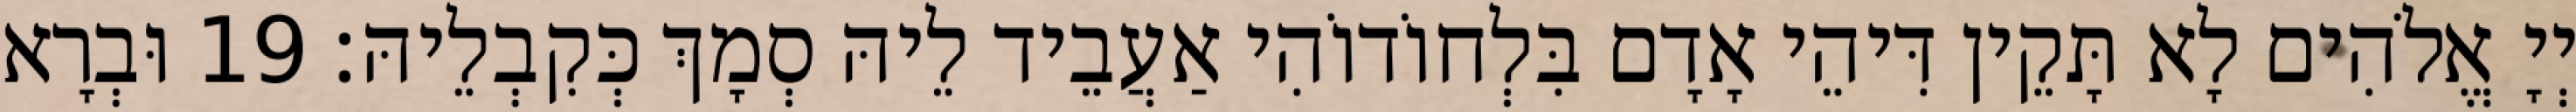
יְיָ אֱלֹהִים לָא תָּקֵין דִּיהֵי אָדָם בִּלְחוֹדוֹהִי אַעֲבֵיד לֵיהּ סְמָךְ כְּקִבְלֵיהּ׃ 19 וּבְרָא